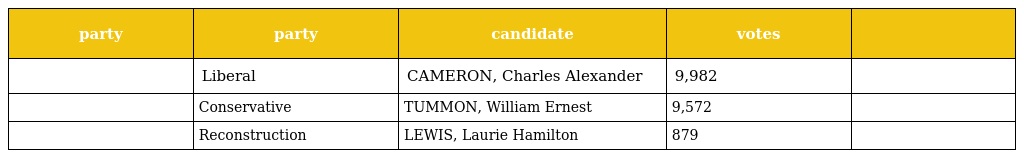
| party | party | candidate | votes |  |
 | --- | --- | --- | --- | --- |
 |  | Liberal | CAMERON, Charles Alexander | 9,982 |  |
 |  | Conservative | TUMMON, William Ernest | 9,572 |  |
 |  | Reconstruction | LEWIS, Laurie Hamilton | 879 |  |